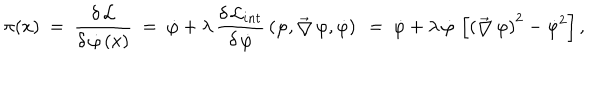
\pi ( x ) ~ = ~ \frac { \delta \, { \cal L } } { \delta \, \dot { \varphi } \, ( x ) } ~ = ~ \dot { \varphi } + \lambda \, \frac { \delta \, { \cal L } _ { i n t } } { \delta \, \dot { \varphi } } \, \left( \varphi , \vec { \bigtriangledown } \, \varphi , \dot { \varphi } \right) ~ = ~ \dot { \varphi } + \lambda \, \dot { \varphi } \, \left[ \left( \vec { \bigtriangledown } \, \varphi \right) ^ { 2 } - \dot { \varphi } ^ { 2 } \right] ,